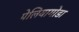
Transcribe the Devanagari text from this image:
पेलियागोडा